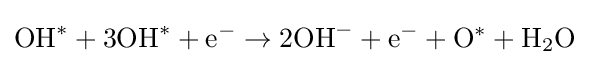
\mathrm {OH} ^{*}+3\mathrm {OH} ^{*}+\mathrm {e} ^{-}\rightarrow 2\mathrm {OH} ^{-}+\mathrm {e} ^{-}+\mathrm {O} ^{*}+\mathrm {H} _{2}\mathrm {O}